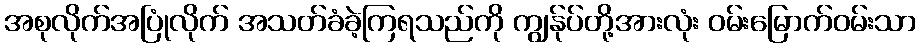
အစုလိုက်အပြုံလိုက် အသတ်ခံခဲ့ကြရသည်ကို ကျွန်ုပ်တို့အားလုံး ဝမ်းမြောက်ဝမ်းသာ